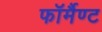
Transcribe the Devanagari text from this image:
फॉर्मैण्ट